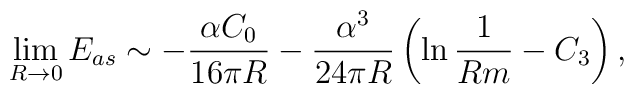
\lim_{R\rightarrow 0} E_{as}\sim -\frac{\alpha C_0}{16\pi R}-\frac{\alpha^3}{24\pi R}\left(\ln\frac{1}{Rm}-C_3\right),